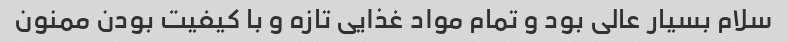
سلام بسیار عالی بود و تمام مواد غذایی تازه و با کیفیت بودن ممنون